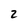
Character: 2